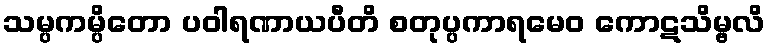
သမ္ပကမ္ပိတော ပဝါရဏာယပီတိ စတုပ္ပကာရမေဝ ကောဋသိမ္ဗလိ